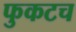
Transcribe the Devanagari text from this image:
फुकटच